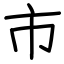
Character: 市